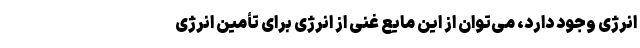
انرژی وجود دارد، می‌توان از این مایع غنی از انرژی برای تأمین انرژی